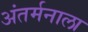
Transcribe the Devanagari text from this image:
अंतर्मनाला